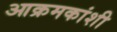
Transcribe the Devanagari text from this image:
आक्रमकांशी